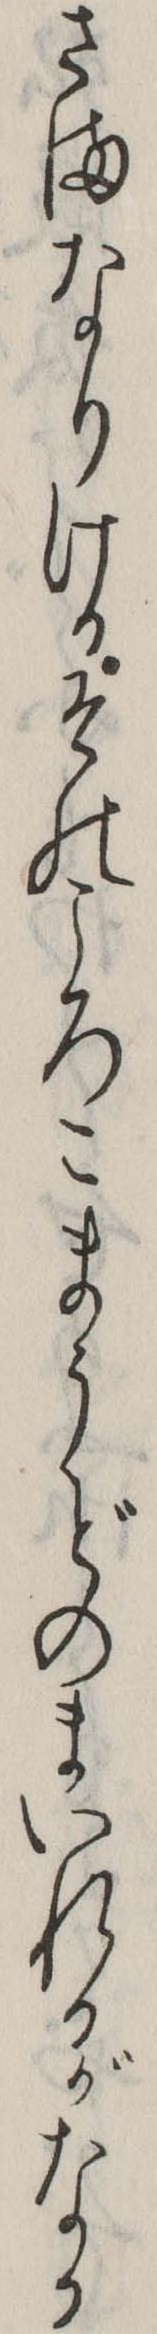
さまなりけるそのころこまうどのまいれるがなか